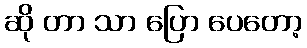
ဆို တာ သာ ပြော ပေတော့